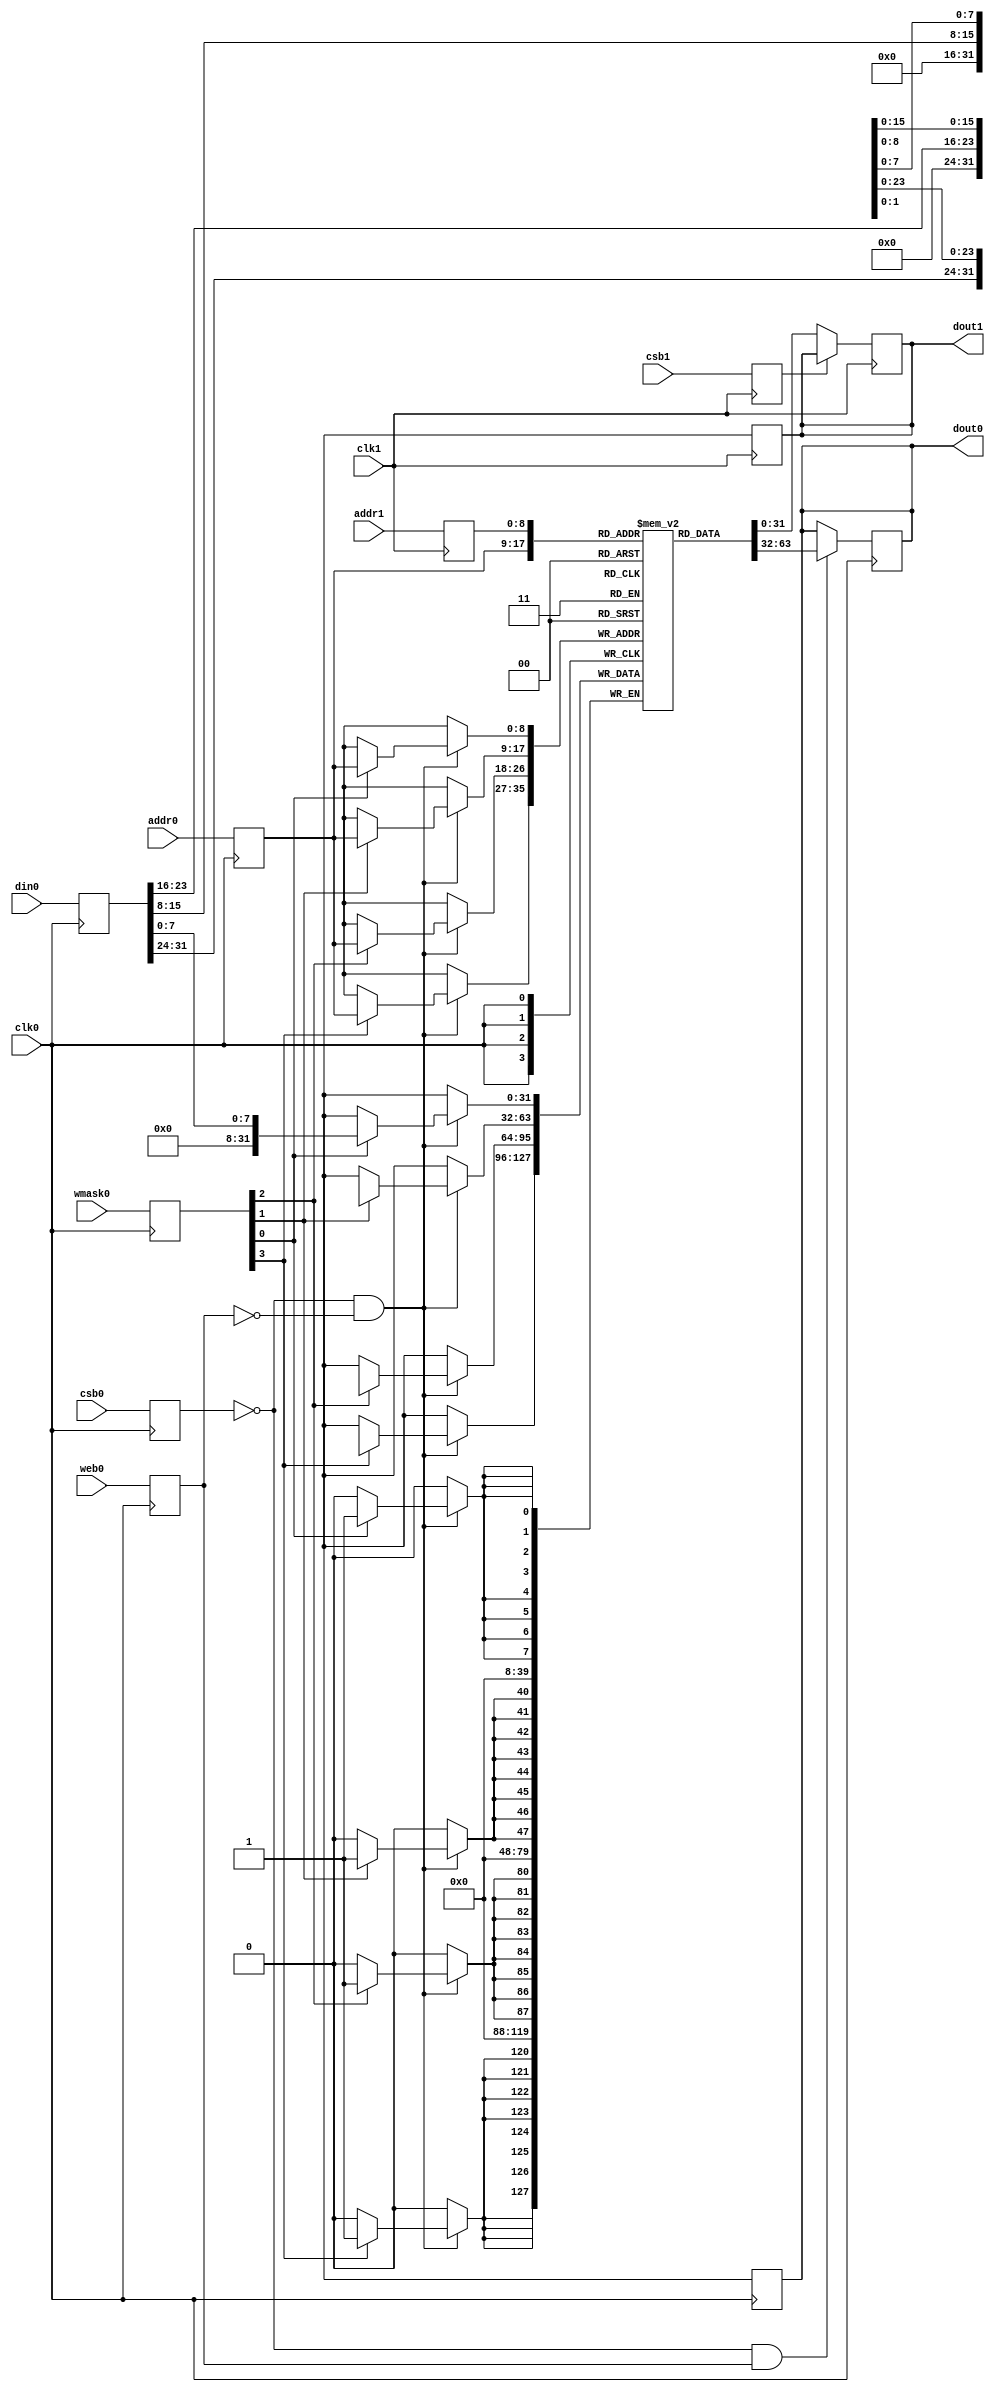
// OpenRAM SRAM model
// Words: 512
// Word size: 32
// Write size: 8

module sky130_sram_2kbyte_1rw1r_32x512_8(
`ifdef USE_POWER_PINS
    vccd1,
    vssd1,
`endif
// Port 0: RW
    clk0,csb0,web0,wmask0,addr0,din0,dout0,
// Port 1: R
    clk1,csb1,addr1,dout1
  );

  parameter NUM_WMASKS = 4 ;
  parameter DATA_WIDTH = 32 ;
  parameter ADDR_WIDTH = 9 ;
  parameter RAM_DEPTH = 1 << ADDR_WIDTH;
  // FIXME: This delay is arbitrary.
  parameter DELAY = 3 ;
  parameter VERBOSE = 0 ; //Set to 0 to only display warnings
  parameter T_HOLD = 1 ; //Delay to hold dout value after posedge. Value is arbitrary

`ifdef USE_POWER_PINS
    inout vccd1;
    inout vssd1;
`endif
  input  clk0; // clock
  input   csb0; // active low chip select
  input  web0; // active low write control
  input [NUM_WMASKS-1:0]   wmask0; // write mask
  input [ADDR_WIDTH-1:0]  addr0;
  input [DATA_WIDTH-1:0]  din0;
  output [DATA_WIDTH-1:0] dout0;
  input  clk1; // clock
  input   csb1; // active low chip select
  input [ADDR_WIDTH-1:0]  addr1;
  output [DATA_WIDTH-1:0] dout1;

  reg  csb0_reg;
  reg  web0_reg;
  reg [NUM_WMASKS-1:0]   wmask0_reg;
  reg [ADDR_WIDTH-1:0]  addr0_reg;
  reg [DATA_WIDTH-1:0]  din0_reg;
  reg [DATA_WIDTH-1:0]  dout0;

  reg [DATA_WIDTH-1:0]    mem [0:RAM_DEPTH-1];

  // All inputs are registers
  always @(posedge clk0)
  begin
    csb0_reg = csb0;
    web0_reg = web0;
    wmask0_reg = wmask0;
    addr0_reg = addr0;
    din0_reg = din0;
    #(T_HOLD) dout0 = 32'bx;
    if ( !csb0_reg && web0_reg && VERBOSE ) 
      $display($time," Reading %m addr0=%b dout0=%b",addr0_reg,mem[addr0_reg]);
    if ( !csb0_reg && !web0_reg && VERBOSE )
      $display($time," Writing %m addr0=%b din0=%b wmask0=%b",addr0_reg,din0_reg,wmask0_reg);
  end

  reg  csb1_reg;
  reg [ADDR_WIDTH-1:0]  addr1_reg;
  reg [DATA_WIDTH-1:0]  dout1;

  // All inputs are registers
  always @(posedge clk1)
  begin
    csb1_reg = csb1;
    addr1_reg = addr1;
    if (!csb0 && !web0 && !csb1 && (addr0 == addr1))
         $display($time," WARNING: Writing and reading addr0=%b and addr1=%b simultaneously!",addr0,addr1);
    #(T_HOLD) dout1 = 32'bx;
    if ( !csb1_reg && VERBOSE ) 
      $display($time," Reading %m addr1=%b dout1=%b",addr1_reg,mem[addr1_reg]);
  end


  // Memory Write Block Port 0
  // Write Operation : When web0 = 0, csb0 = 0
  always @ (negedge clk0)
  begin : MEM_WRITE0
    if ( !csb0_reg && !web0_reg ) begin
        if (wmask0_reg[0])
                mem[addr0_reg][7:0] = din0_reg[7:0];
        if (wmask0_reg[1])
                mem[addr0_reg][15:8] = din0_reg[15:8];
        if (wmask0_reg[2])
                mem[addr0_reg][23:16] = din0_reg[23:16];
        if (wmask0_reg[3])
                mem[addr0_reg][31:24] = din0_reg[31:24];
    end
  end

  // Memory Read Block Port 0
  // Read Operation : When web0 = 1, csb0 = 0
  always @ (negedge clk0)
  begin : MEM_READ0
    if (!csb0_reg && web0_reg)
       dout0 <= #(DELAY) mem[addr0_reg];
  end

  // Memory Read Block Port 1
  // Read Operation : When web1 = 1, csb1 = 0
  always @ (negedge clk1)
  begin : MEM_READ1
    if (!csb1_reg)
       dout1 <= #(DELAY) mem[addr1_reg];
  end

endmodule